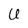
Character: U